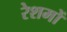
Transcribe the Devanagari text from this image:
रेशमों